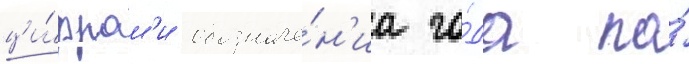
ци́фрам'и обозначе́н'иа го́да по́